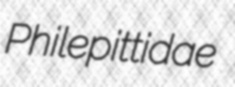
Philepittidae